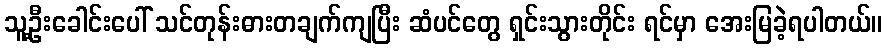
သူ့ဦးခေါင်းပေါ် သင်တုန်းဓားတချက်ကျပြီး ဆံပင်တွေ ရှင်းသွားတိုင်း ရင်မှာ အေးမြခဲ့ရပါတယ်။